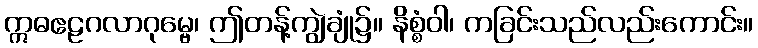
ဣဓဧဠဂလာဂုမ္ဗေ၊ ဤတန့်ကျွဲချုံ၌။ နိစ္စံဝါ၊ ကခြင်းသည်လည်းကောင်း။